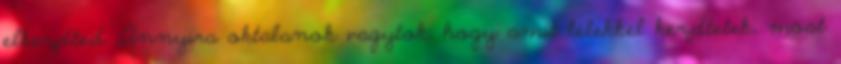
elkezdted „Annyira oktalanok vagytok, hogy amit lélekkel kezdtetek, most